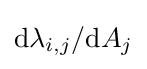
\mathrm {d} \lambda _{i,j}/\mathrm {d} A_{j}